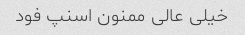
خیلی عالی ممنون اسنپ فود